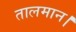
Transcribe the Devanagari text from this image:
तालमान।